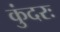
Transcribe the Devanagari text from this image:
कुंदरः